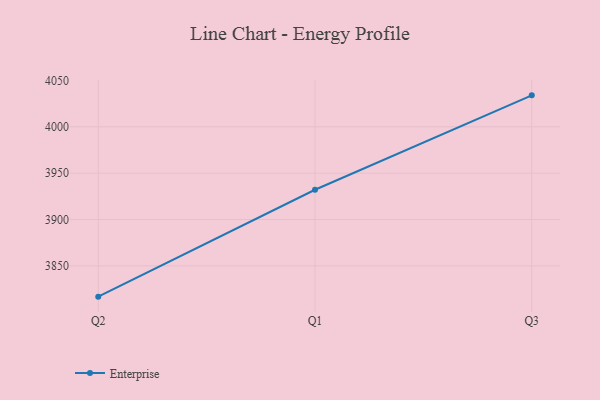
{"axis": {"x": "Quarter", "y": "Energy Usage (MWh)"}, "legend": ["Enterprise"], "data": [{"x": "Q2", "y": 3816.8, "type": "Enterprise"}, {"x": "Q1", "y": 3932.1, "type": "Enterprise"}, {"x": "Q3", "y": 4033.9, "type": "Enterprise"}]}